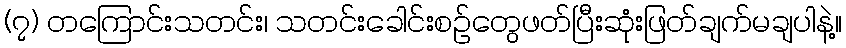
(၇) တကြောင်းသတင်း၊ သတင်းခေါင်းစဉ်တွေဖတ်ပြီးဆုံးဖြတ်ချက်မချပါနဲ့။